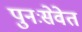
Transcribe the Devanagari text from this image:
पुनःसेवेत